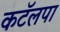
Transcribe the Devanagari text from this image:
कटॅलपा